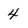
Character: 4